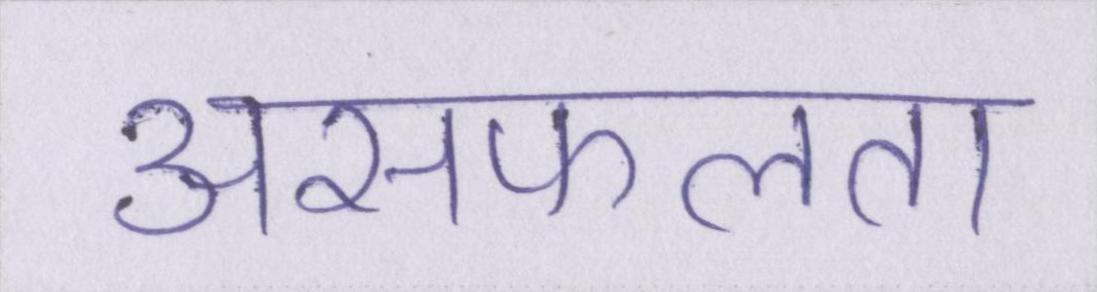
असफलता